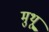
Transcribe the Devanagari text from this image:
मुथू